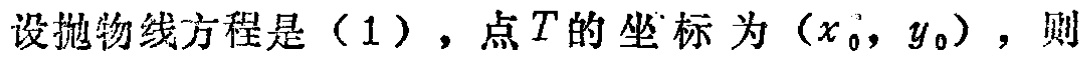
设抛物线方程是（1），点\(T\)的坐标为\((x_{0},y_{0})\)，则